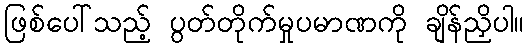
ဖြစ်ပေါ်သည့် ပွတ်တိုက်မှုပမာဏကို ချိန်ညှိပါ။